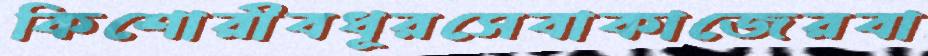
কিশোরীবধূরসেবাকাজেরবা